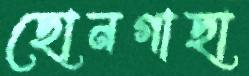
ছোনগাছা